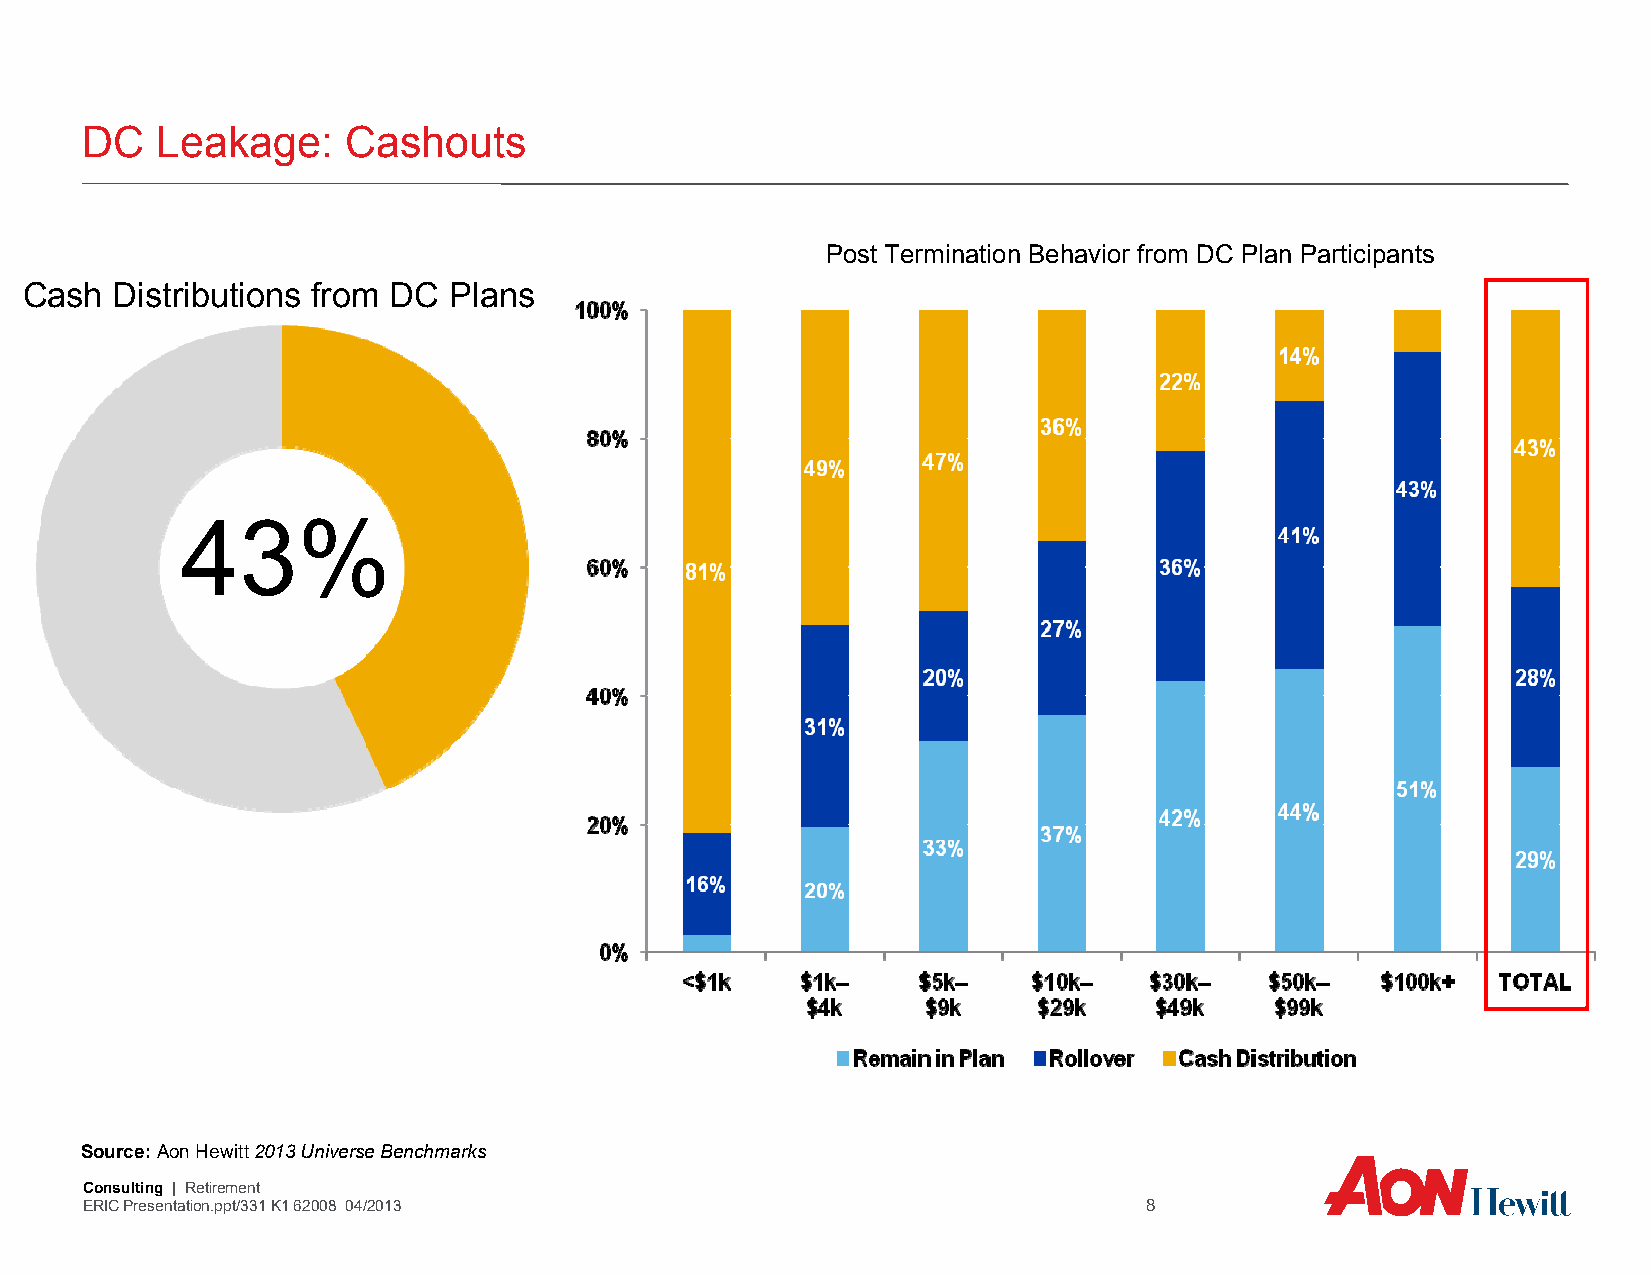
DC   Leakage:     Cashouts
 Post Termination Behavior from DC Plan Participants
 Cash Distributions from DC  Plans
 43%
 Source: Aon Hewitt 2013 Universe Benchmarks
 Consulting | Retirement
 ERIC Presentation.ppt/331 K1 62008 04/2013                             8